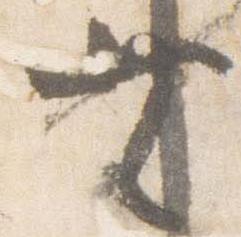
無